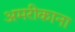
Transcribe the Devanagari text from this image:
अमरीकाना